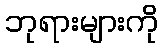
ဘုရားများကို